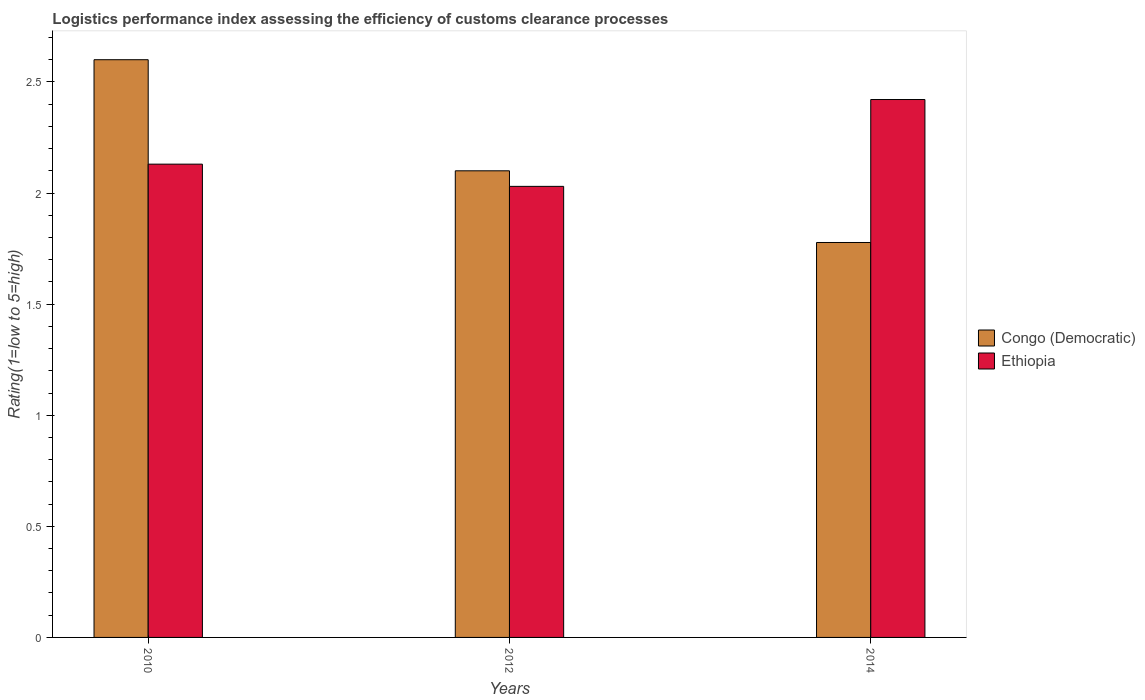
| Years | Congo (Democratic) | Ethiopia |
 | --- | --- | --- |
 | 2010 | 2.6 | 2.13 |
 | 2012 | 2.1 | 2.03 |
 | 2014 | 1.78 | 2.42 |